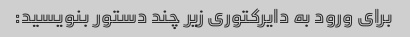
برای ورود به دایرکتوری زیر چند دستور بنویسید: